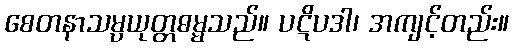
စေတနာသမ္ပယုတ္တဓမ္မသည်။ ပဋိပဒါ၊ အကျင့်တည်း။